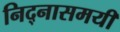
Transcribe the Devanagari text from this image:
निद्नासमयीं